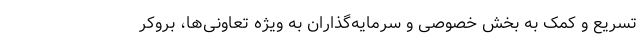
تسریع و کمک به بخش خصوصی و سرمایه‌گذاران به ویژه تعاونی‌ها، بروکر